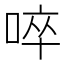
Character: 啐